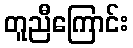
တူညီကြောင်း